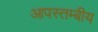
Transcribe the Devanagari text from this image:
आपस्तम्बीय